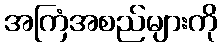
အကြံအစည်များကို